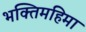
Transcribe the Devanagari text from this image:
भक्तिमहिमा